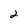
Character: 2